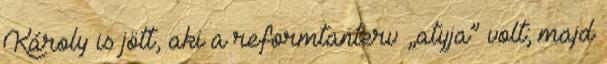
Károly is jött, aki a re­formtanterv „atyja” volt; majd